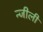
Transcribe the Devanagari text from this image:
न्जीली